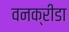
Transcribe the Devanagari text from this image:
वनक्रीडा